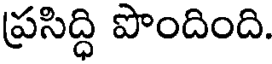
ప్రసిద్ధి పొందింది.